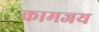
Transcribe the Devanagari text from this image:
कामजय